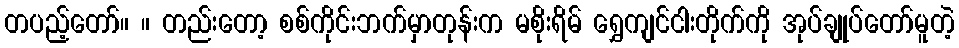
တပည့်တော်။ ။ တည်းတော့ စစ်ကိုင်းဘက်မှာတုန်းက မစိုးရိမ် ရွှေကျင်ငါးတိုက်ကို အုပ်ချုပ်တော်မူတဲ့